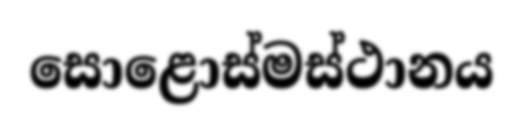
සොළොස්මස්ථානය